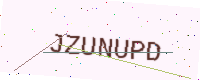
Text: JZUNUPD